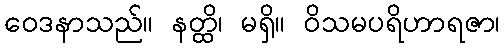
ဝေဒနာသည်။ နတ္ထိ၊ မရှိ။ ဝိသမပရိဟာရဇာ၊